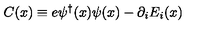
C ( x ) \equiv e \psi ^ { \dagger } ( x ) \psi ( x ) - \partial _ { i } E _ { i } ( x )